Trukikaitis_Postimees, lk 70
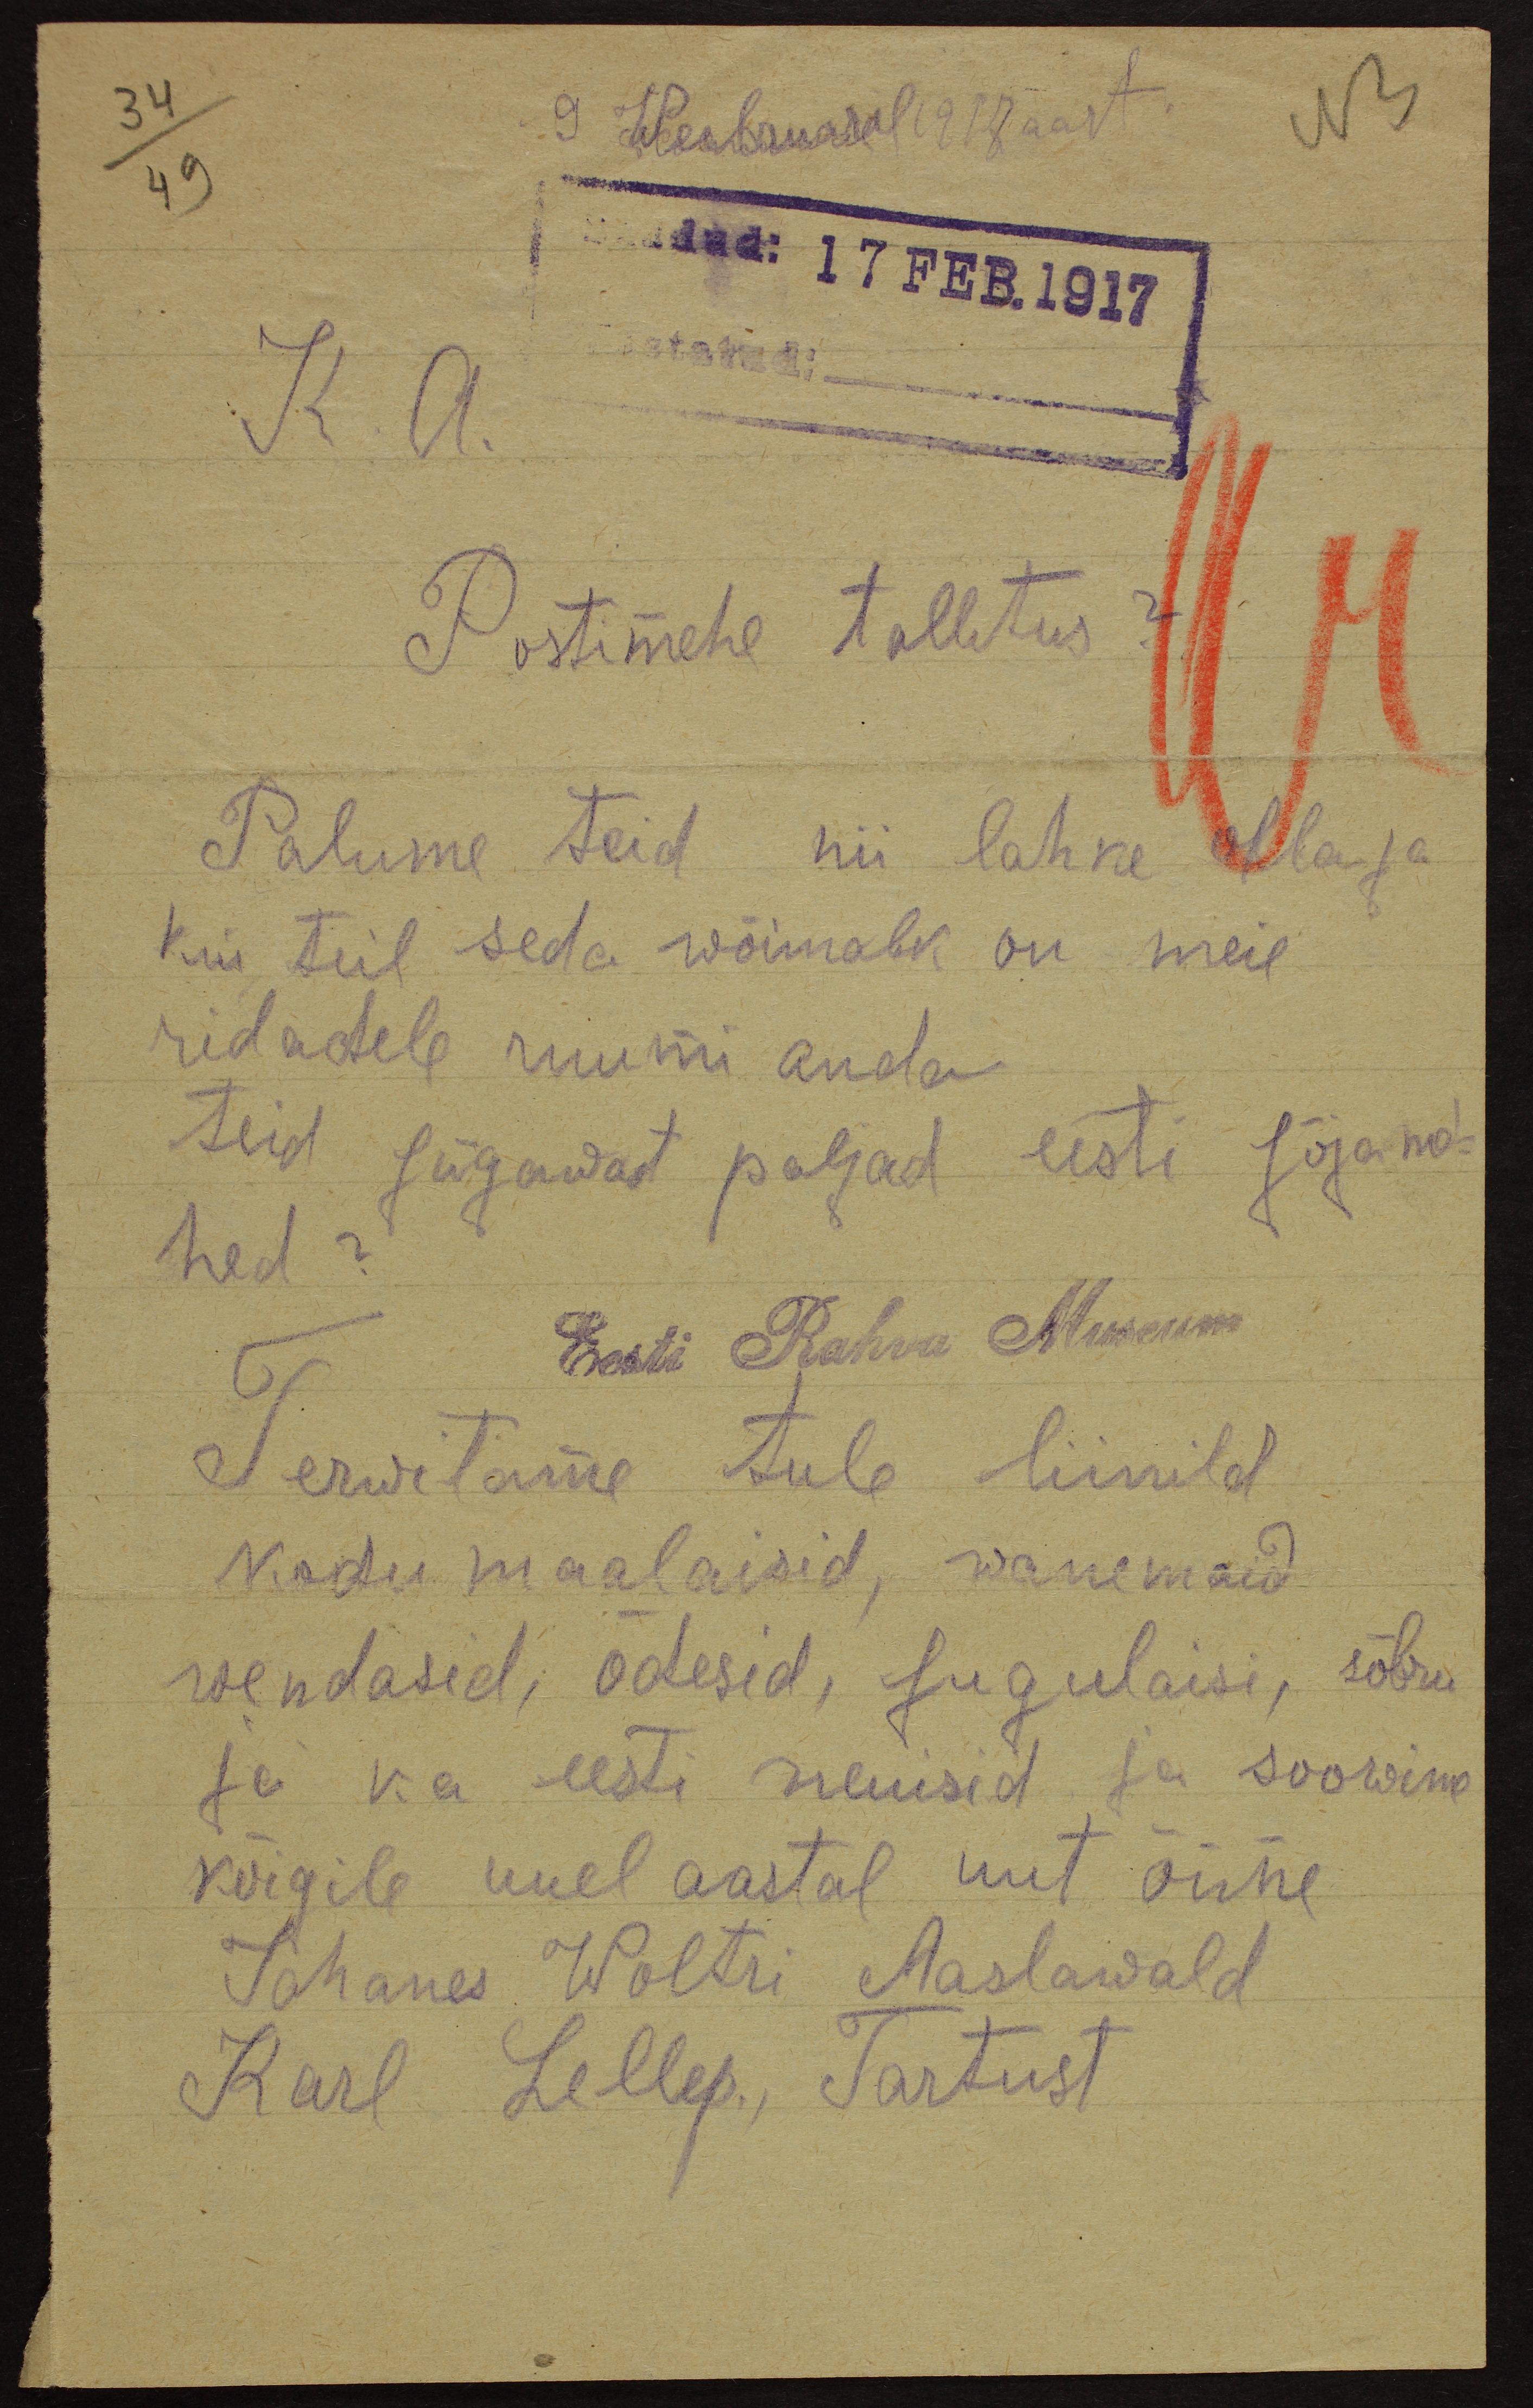
9 Weebruaril 1917 aast.
saadud: 17 FEB.1917
K. a.
Postimehe tallitus ?
Palume teid nii lahke olla ja
Kui teil seda wõimalk on meie
ridadele ruumi anda.
Teid sügawat paljad eesti sõjame-
hed?
Eesti Rahva Museum
Terwitame tule liinild
kodumaalaisid, wanemaid
wendased, õdesid, sugulaisi, sõbru
ja ka eesti neuisid ja soowime
kõigile uuel aastal uut õnne
Johanes Woltri Aaslawald
Karl Lellep., Tartust